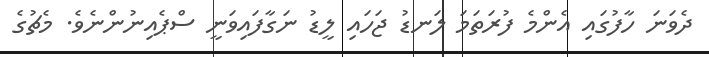
ދެވަނަ ހާފުގައި އެންމެ ފުރަތަމަ ލަނޑު ޖަހައި ލީޑު ނަގާފައިވަނީ ސްޕެއިނުންނެވެ. މެޗުގެ